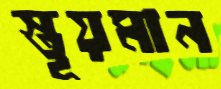
স্তূয়মান